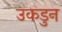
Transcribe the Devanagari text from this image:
उकडुन